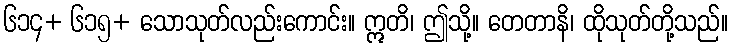
၆၁၄+ ၆၁၅+ သောသုတ်လည်းကောင်း။ ဣတိ၊ ဤသို့။ တေတာနိ၊ ထိုသုတ်တို့သည်။